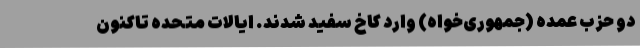
دو حزب عمده (جمهوری‌خواه) وارد کاخ سفید شدند. ایالات متحده تاکنون